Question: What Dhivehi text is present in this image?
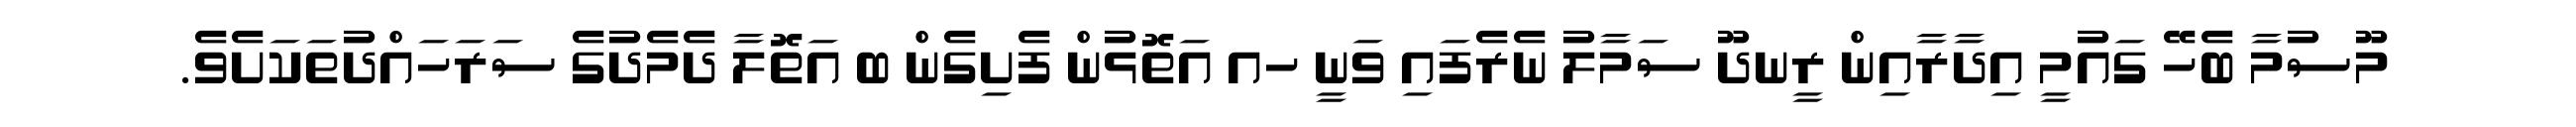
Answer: މޫސުމާ ބެހޭ ގައުމީ އިދާރާއިން ރީނދޫ ސަމާލު ނެރެފައި ވަނީ ހއ އަތޮޅުން ފެށިގެން ބ އަތޮލާ ދެމެދުގެ ސަރަހައްދުތަކަށެވެ.